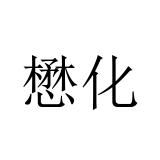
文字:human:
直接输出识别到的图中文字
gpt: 懋化